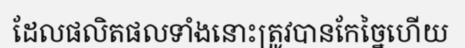
ដែលផលិតផលទាំងនោះត្រូវបានកែច្នៃហើយ